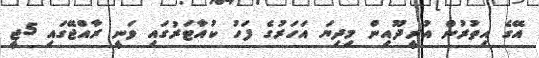
އޭގެ އިތުރުން އުރީދޫއިން މިދިޔަ އަހަރުގެ ފަހު ކުއާޓަރުގައި ވަނީ ރާއްޖޭގައި 5ޖީ